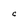
Character: C